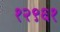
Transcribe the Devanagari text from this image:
१२९६१